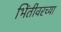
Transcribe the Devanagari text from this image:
भिंतीवरच्या